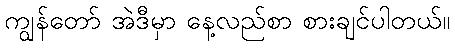
ကျွန်တော် အဲဒီမှာ နေ့လည်စာ စားချင်ပါတယ်။